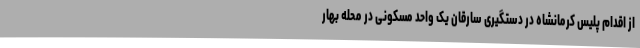
از اقدام پلیس کرمانشاه در دستگیری سارقان یک واحد مسکونی در محله بهار